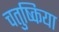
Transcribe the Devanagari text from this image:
चतुष्किया